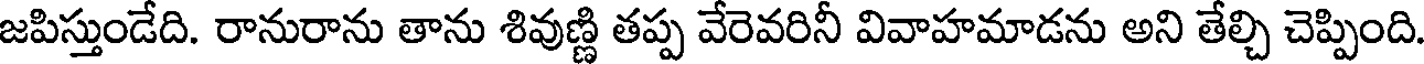
జపిస్తుండేది. రానురాను తాను శివుణ్ణి తప్ప వేరెవరినీ వివాహమాడను అని తేల్చి చెప్పింది